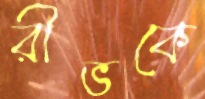
রীভকে